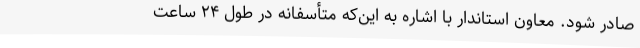
صادر شود. معاون استاندار با اشاره به این‌که متأسفانه در طول ۲۴ ساعت